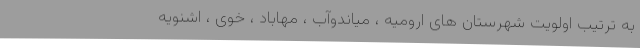
به ترتیب اولویت شهرستان های ارومیه ، میاندوآب ، مهاباد ، خوی ، اشنویه